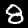
Digit: 8